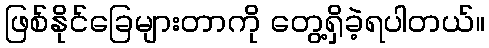
ဖြစ်နိုင်ခြေများတာကို တွေ့ရှိခဲ့ရပါတယ်။